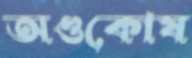
অণ্ডকোষ